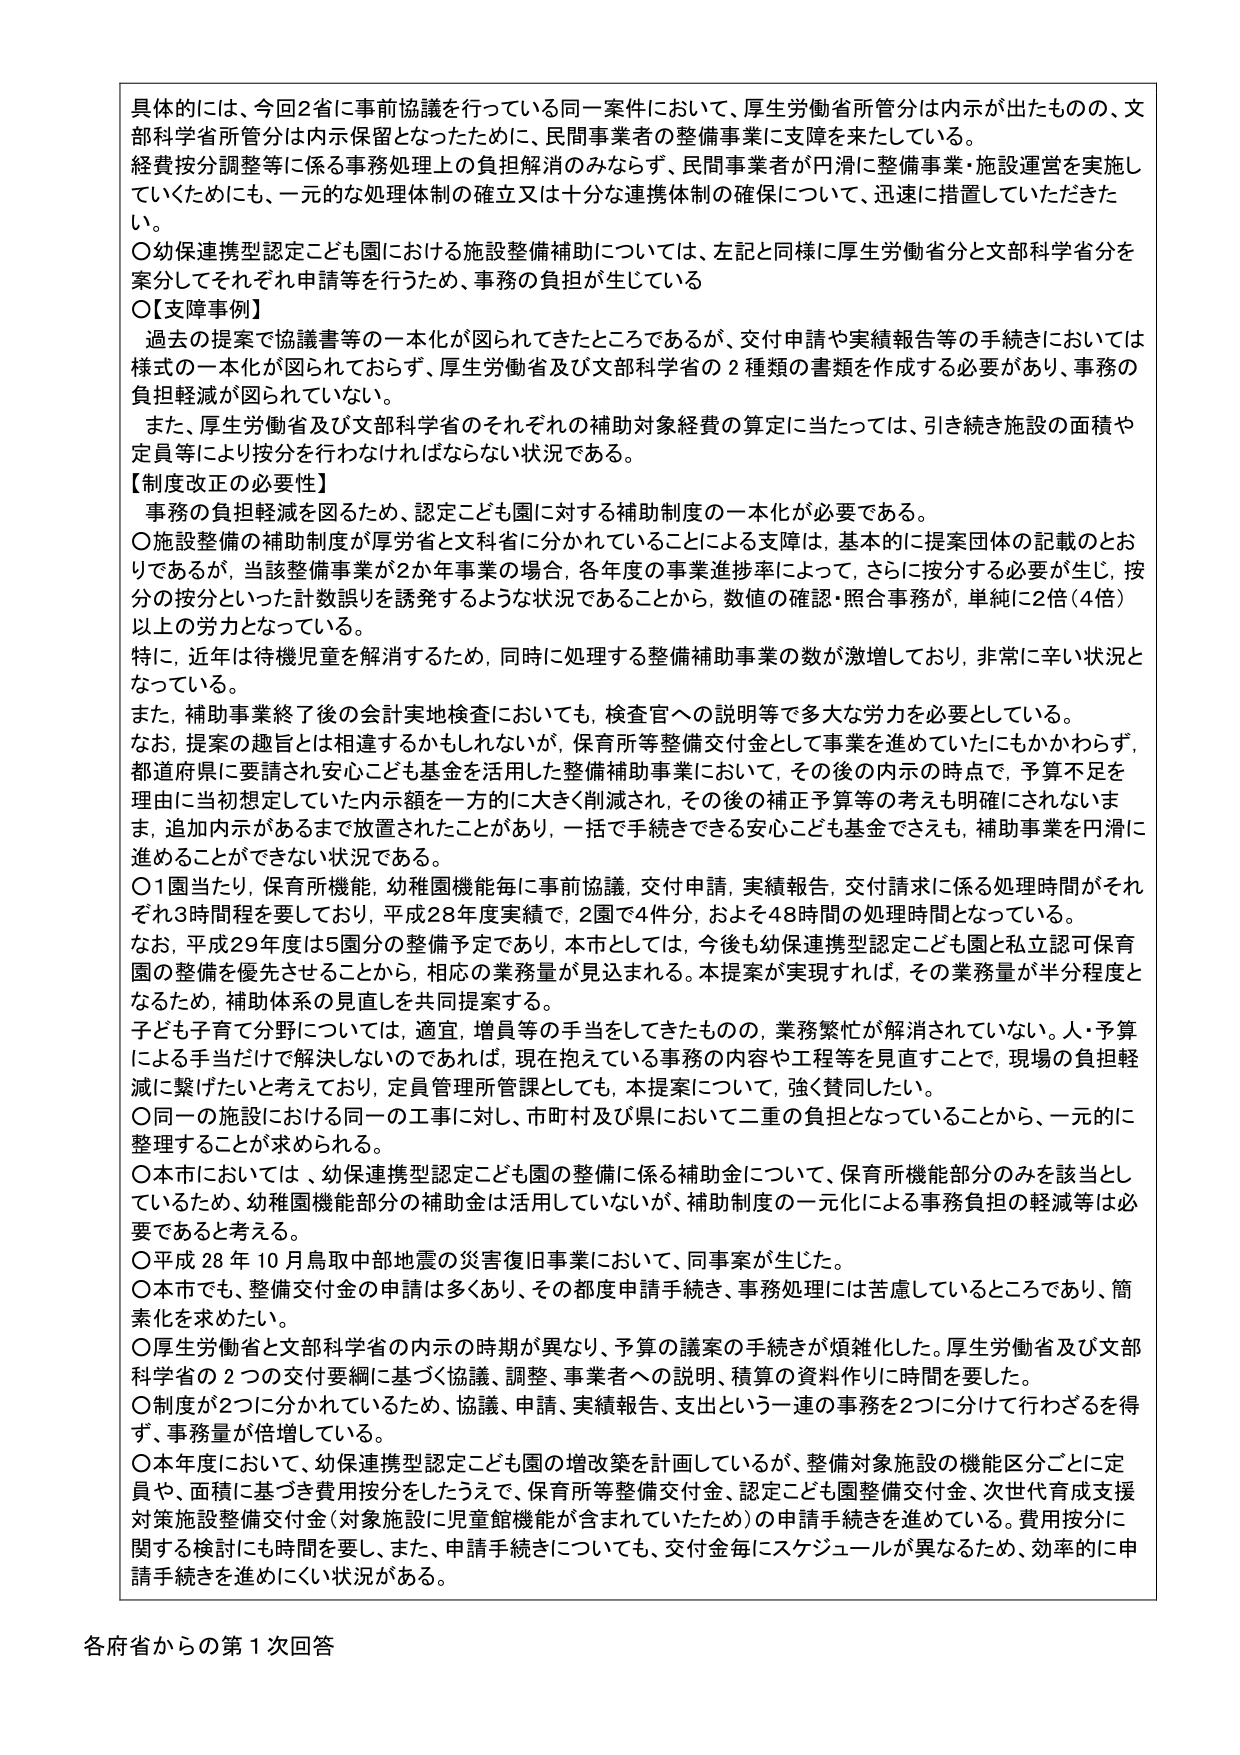
具体的には、今回2省に事前協議を行っている同一案件において、厚生労働省所管分は内示が出たものの、文部科学省所管分は内示保留となったために、民間事業者の整備事業に支障を来たしている。
経費按分調整等に係る事務処理上の負担解消のみならず、民間事業者が円滑に整備事業・施設運営を実施していくためにも、一元的な処理体制の確立又は十分な連携体制の確保について、迅速に措置していただきたい。

○幼保連携型認定こども園における施設整備補助については、左記と同様に厚生労働省分と文部科学省分を案分してそれぞれ申請等を行うため、事務の負担が生じている

○【支障事例】
過去の提案で協議書等の一本化が図られてきたところであるが、交付申請や実績報告等の手続きにおいては様式の一本化が図られておらず、厚生労働省及び文部科学省の2種類の書類を作成する必要があり、事務の負担軽減が図られていない。

また、厚生労働省及び文部科学省のそれぞれの補助対象経費の算定に当たっては、引き続き施設の面積や定員等により按分を行わなければならない状況である。

【制度改正の必要性】
事務の負担軽減を図るため、認定こども園に対する補助制度の一本化が必要である。

○施設整備の補助制度が厚労省と文科省に分かれていることによる支障は、基本的に提案団体の記載のとおりであるが、当該整備事業が2か年事業の場合、各年度の事業進捗率によって、さらに按分する必要が生じ、按分の按分といった計数誤りを誘発するような状況であることから、数値の確認・照合事務が、単純に2倍（4倍）以上の労力となっている。

特に、近年は待機児童を解消するため、同時に処理する整備補助事業の数が激増しており、非常に辛い状況となっている。

また、補助事業終了後の会計実地検査においても、検査官への説明等で多大な労力を必要としている。

なお、提案の趣旨とは相違するかもしれないが、保育所等整備交付金として事業を進めていたにもかかわらず、都道府県に要請され安心こども基金を活用した整備補助事業において、その後の内示の時点で、予算不足を理由に当初想定していた内示額を一方的に大きく削減され、その後の補正予算等の考えも明確にされないまま、追加内示がおこなうまで放置されることがあり、一括で手続きできる安心こども基金でさえも、補助事業を円滑に進めることができない状況である。

○1園当たり、保育所機能、幼稚園機能毎に事前協議、交付申請、実績報告、交付請求に係る処理時間がそれぞれ3時間程を要しており、平成28年度実績で、2園で4件分、およそ48時間の処理時間となっている。

なお、平成29年度は5園分の整備予定であり、本市としては、今後も幼保連携型認定こども園と私立認可保育園の整備を優先させることから、相応の業務量が見込まれる。本提案が実現すれば、その業務量が半分程度となるため、補助体系の見直しを共同提案する。

子ども子育て分野については、適宜、増員等の手当をしてきたものの、業務繁忙が解消されていない。人・予算による手当だけで解決しないのであれば、現在抱えている事務の内容や工程等を見直すことで、現場の負担軽減に繋げたいと考えており、定員管理所管課としても、本提案について、強く賛同したい。

○同一の施設における同一の工事に対し、市町村及び県において二重の負担となっていることから、一元的に整理することが求められる。

○本市においては、幼保連携型認定こども園の整備に係る補助金について、保育所機能部分のみを該当としているため、幼稚園機能部分の補助金は活用していないが、補助制度の一元化による事務負担の軽減等は必要であると考える。

○平成28年10月鳥取中部地震の災害復旧事業において、同事案が生じた。

○本市でも、整備交付金の申請は多くあり、その都度申請手続き、事務処理には苦慮しているところであり、簡素化を求めたい。

○厚生労働省と文部科学省の内示の時期が異なり、予算の議案の手続きが煩雑化した。厚生労働省及び文部科学省の2つの交付要綱に基づく協議、調整、事業者への説明、積算の資料作りに時間を要した。

○制度が2つに分かれているため、協議、申請、実績報告、支出という一連の事務を2つに分けて行わざるを得ず、事務量が倍増している。

○本年度において、幼保連携型認定こども園の増改築を計画しているが、整備対象施設の機能区分ごとに定員や、面積に基づき費用按分をしたうえで、保育所等整備交付金、認定こども園整備交付金、次世代育成支援対策施設整備交付金（対象施設に児童館機能が含まれていたため）の申請手続きを進めている。費用按分に関する検討にも時間を要し、また、申請手続きについても、交付金毎にスケジュールが異なるため、効率的に申請手続きを進めていく状況がある。

各府省からの第1次回答